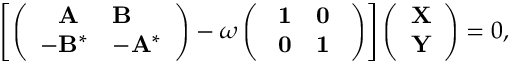
\begin{array} { r } { \left[ \left( \begin{array} { l l } { \phantom { - } \mathbf { A } } & { \mathbf { B } } \\ { - \mathbf { B } ^ { * } } & { - \mathbf { A } ^ { * } } \end{array} \right) - \omega \left( \begin{array} { l l } { ~ \mathbf { 1 } } & { \mathbf { 0 } ~ } \\ { ~ \mathbf { 0 } } & { \mathbf { 1 } ~ } \end{array} \right) \right] \left( \begin{array} { l } { \mathbf { X } } \\ { \mathbf { Y } } \end{array} \right) = 0 , } \end{array}